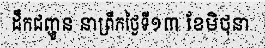
ដឹកជញ្ជូន នាព្រឹកថ្ងៃទី១៣ ខែមិថុនា